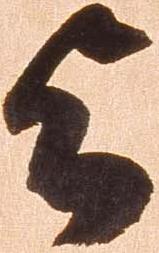
与